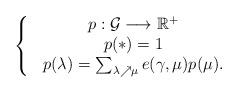
LaTeX: \begin{align*}\left\{\begin{matrix}& p:\mathcal{G}\longrightarrow\mathbb{R}^{+}\\& p(\ast)=1\\& p(\lambda)=\sum_{\lambda\nearrow\mu}e(\gamma,\mu)p(\mu).\end{matrix}\right. \end{align*}